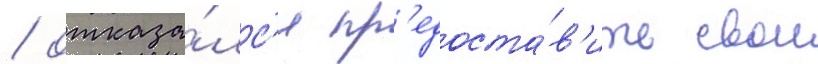
/ отказа́лс'я пр'едоста́в'ить свои